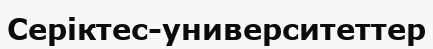
Серіктес-университеттер